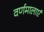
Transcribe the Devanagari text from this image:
वर्णमालाएं